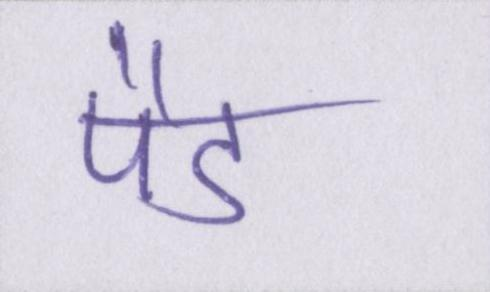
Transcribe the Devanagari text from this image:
पैड